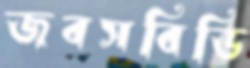
জবসবিডি